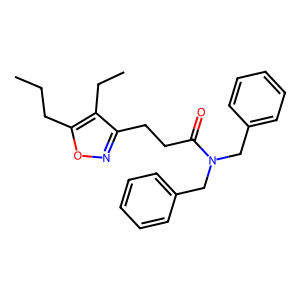
SMILES: CCCc1onc(CCC(=O)N(Cc2ccccc2)Cc2ccccc2)c1CC
Inhibits HIV replication: No